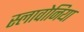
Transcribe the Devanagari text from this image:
स्लावोनिया